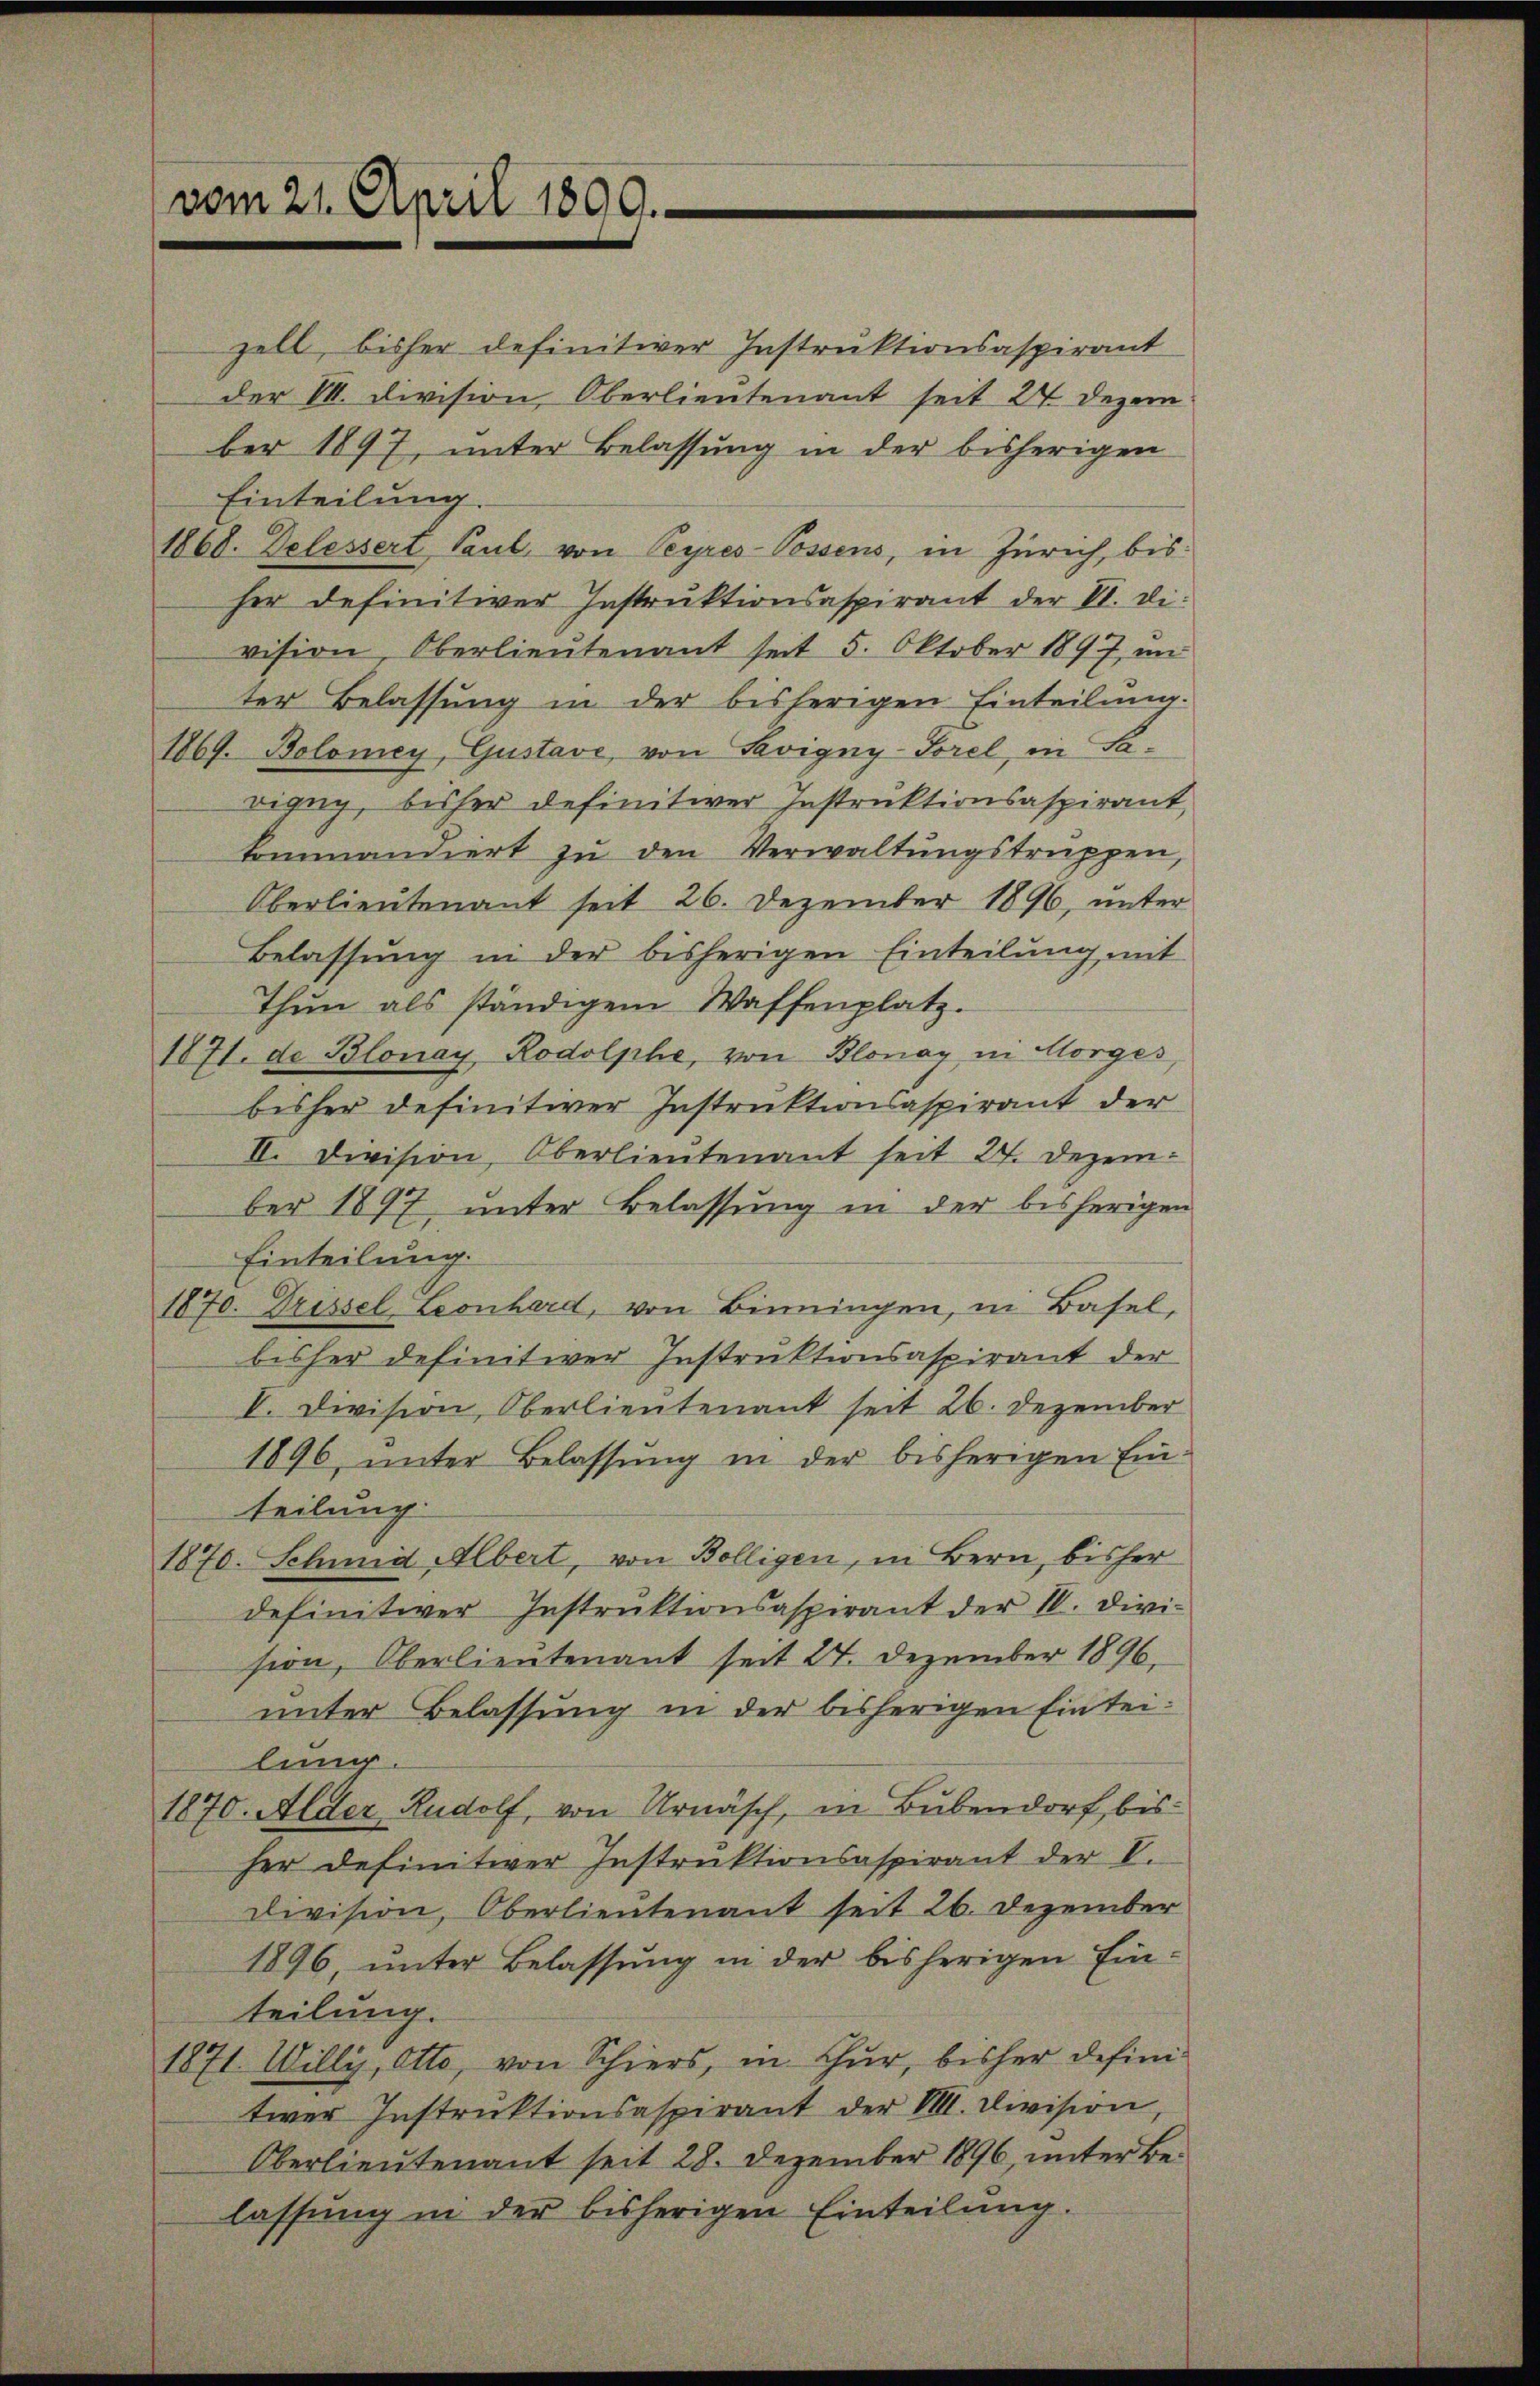
vom 21. April 1800.

zell, bisher definitiver Instruktionsaspirant
der M. Division, Oberlieutenant seit 24 Dezem
ber 1897, unter Belassung in der bisherigen
Einteilung.
1868. Delessert Paul von Peyres-Possens, in Zürich, bis
her definitiver Instruktionsaspirant der VI. Di
vision, Oberlieutenant seit 5. Oktober 1897, un
ter Belassung in der bisherigen Einteilung.
1869. Bolomey, Gustave, von Savigny-Sorel, in Savigug, bisher definitiver Instruktionsaspirant,
kominandiert zŭ den Verwaltŭngstruppen,
Oberlieutenant seit 26. Dezember 1896, unter
Belassung in der bisherigen Einteilung mit
Thun als ständigem Waffenplatz.
1871. de Blonay Rodolphe, von Blonay in Morges,
bisher definitiver Instruktionsaspirant der
II. Division, Oberlieutenant seit 24. Dezember 1897 unter Belassung in der bisherigen
Einteilung.
1870. Grissel Leonhard, von Binningen, in Basel,
bisher definitiver Instruktionsaspirant der
V. Division, Oberlieutenant seit 26. Dezember
1896, unter Belassŭng in der bisherigen Ein-
teilung
1870. Schmid Albert, von Bölligen, in Bern, bisher
definitiver Instruktionsaspirant der IV. Divi-
sion, Oberlieutenant seit 24. Dezember 1896.
unter Belassung in der bisherigen Eintei-
lung
1870. Alder, Rudolf, von Urnäsch, in Bubendorf, bisher definitiver Instruktionsaspirant der V.
Division, Oberlieutenant seit 26. Dezember
1896, unter Belassung in der bisherigen Ein-
teilung.
1871. Willy, Otto, von Schiers, in Chur, bisher definitiver Instruktionsaspirant der VIII. Division,
Oberlieutenant seit 28. Dezember 1896, unter Belassung in der bisherigen Einteilung.